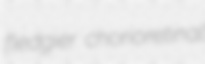
fledgier chorioretinal